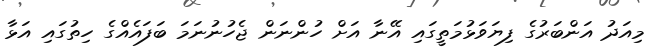
މިއަދު އަންބަރުގެ ފިޔަވަޅުމަތީގައި އޭނާ އަށް ހުންނަން ޖެހުނުނަމަ ބަފައެއްގެ ހިތުގައި އަޅާ